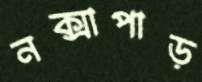
নক্সাপাড়